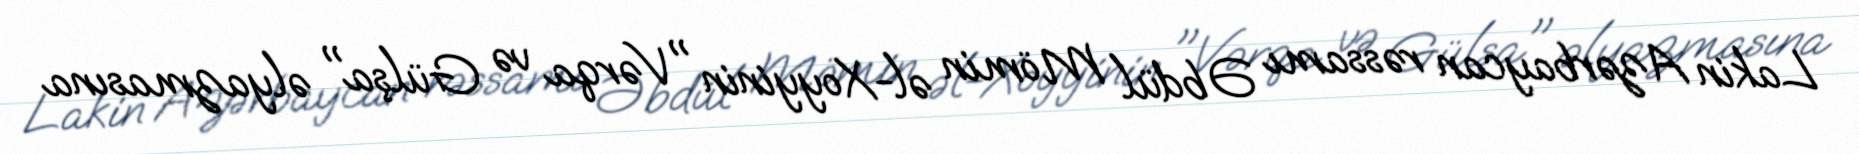
Lakin Azərbaycan rəssamı Əbdül Mömin əl-Xoyyinin "Vərqa və Gülşa" əlyazmasına